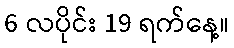
6 လပိုင်း 19 ရက်နေ့။